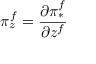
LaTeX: \pi _ { z } ^ { f } = { \frac { \partial \pi _ { * } ^ { f } } { \partial z ^ { f } } }